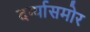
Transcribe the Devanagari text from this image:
दर्ग्यासमोर